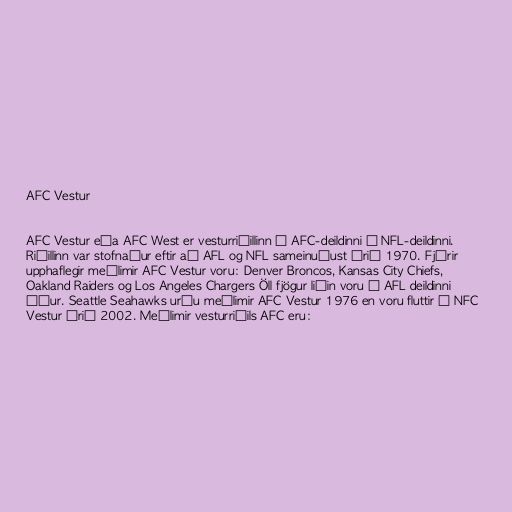
AFC Vestur

AFC Vestur eða AFC West er vesturriðillinn í AFC-deildinni í NFL-deildinni.
Riðillinn var stofnaður eftir að AFL og NFL sameinuðust árið 1970. Fjórir
upphaflegir meðlimir AFC Vestur voru: Denver Broncos, Kansas City Chiefs,
Oakland Raiders og Los Angeles Chargers Öll fjögur liðin voru í AFL deildinni
áður. Seattle Seahawks urðu meðlimir AFC Vestur 1976 en voru fluttir í NFC
Vestur árið 2002. Meðlimir vesturriðils AFC eru: